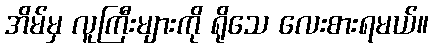
အိမ်မှ လူကြီးများကို ရိုသေ လေးစားရမယ်။